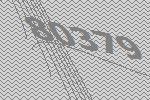
80379